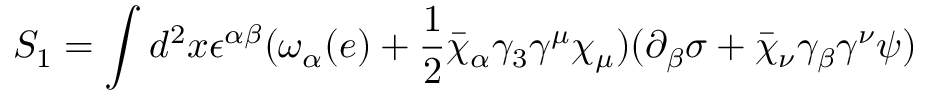
S _ { 1 } = \int d ^ { 2 } x \epsilon ^ { \alpha \beta } ( \omega _ { \alpha } ( e ) + \frac { 1 } { 2 } \bar { \chi } _ { \alpha } \gamma _ { 3 } \gamma ^ { \mu } \chi _ { \mu } ) ( \partial _ { \beta } \sigma + \bar { \chi } _ { \nu } \gamma _ { \beta } \gamma ^ { \nu } \psi )